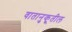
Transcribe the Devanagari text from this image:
वातानुकूतील